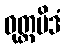
ဝုတ္တမိဒံ